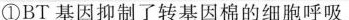
①BT 基因抑制了转基因棉的细胞呼吸